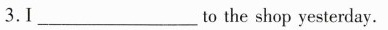
3.Ⅰ___to the shop yesterday.